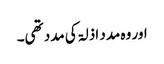
اور وہ مدد اذلۃ کی مدد تھی۔